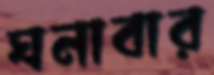
ঘনাবার